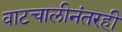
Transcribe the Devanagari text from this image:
वाटचालीनंतरही